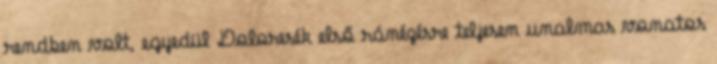
rendben volt, egyedül Doloresék első ránézésre teljesen unalmas vonatos